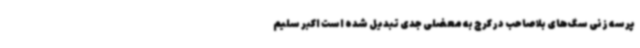
پرسه زنی سگ‌های بلاصاحب در کرج به معضلی جدی تبدیل شده است اکبر سلیم